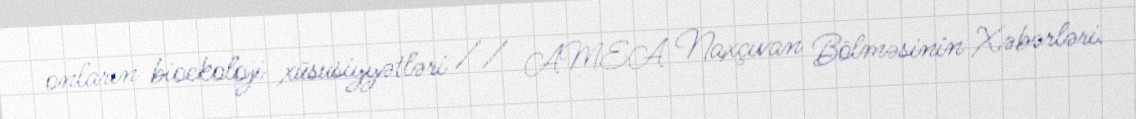
onların bioekoloji xüsusiyyətləri // AMEA Naxçıvan Bölməsinin Xəbərləri.